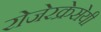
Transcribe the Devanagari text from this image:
रोजेरक्रेसेयी